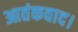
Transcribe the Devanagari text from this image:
आतंकवाद।